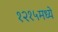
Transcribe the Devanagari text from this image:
१२१५मध्ये